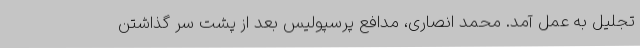
تجلیل به عمل آمد. محمد انصاری، مدافع پرسپولیس بعد از پشت سر گذاشتن